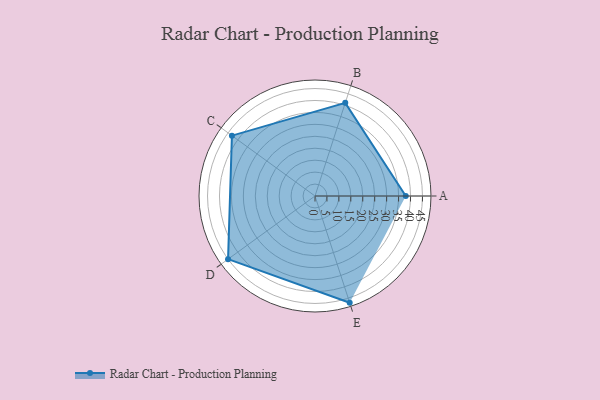
{"axis": {"x": "Skill", "y": "Score"}, "legend": ["Profile"], "data": [{"x": "A", "y": 38.0, "type": "Profile"}, {"x": "B", "y": 41.0, "type": "Profile"}, {"x": "C", "y": 43.0, "type": "Profile"}, {"x": "D", "y": 45.0, "type": "Profile"}, {"x": "E", "y": 47.0, "type": "Profile"}]}